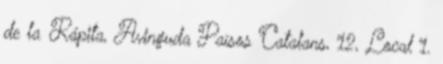
de la Rápita, Avinguda Països Catalans, 12, Local 1.